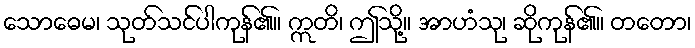
သောဓေမ၊ သုတ်သင်ပါကုန်၏။ ဣတိ၊ ဤသို့။ အာဟံသု၊ ဆိုကုန်၏။ တတော၊